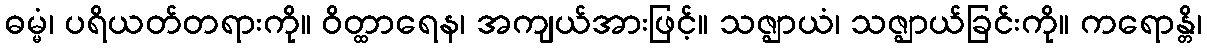
ဓမ္မံ၊ ပရိယတ်တရားကို။ ဝိတ္ထာရေန၊ အကျယ်အားဖြင့်။ သဇ္ဈာယံ၊ သဇ္ဈာယ်ခြင်းကို။ ကရောန္တိ၊